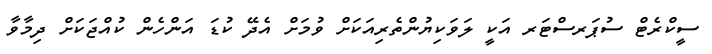
ސީކްރެޓް ސުޕަރސްޓަރ އަކީ ލަވަކިޔުންތެރިއަކަށް ވުމަށް އެދޭ ކުޑަ އަންހެން ކުއްޖަކަށް ދިމާވާ